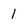
Character: 1